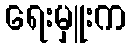
ရေးမှူးက